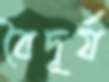
বৈদূর্য